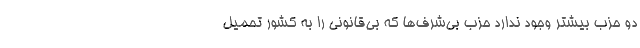
دو حزب بیشتر وجود ندارد حزب بی‌شرف‌ها که بی‌قانونی را به کشور تحمیل